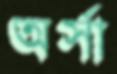
অর্সা